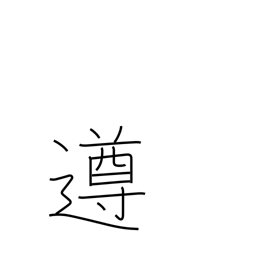
Meaning: abide by